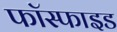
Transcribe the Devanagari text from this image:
फॉस्फाइड